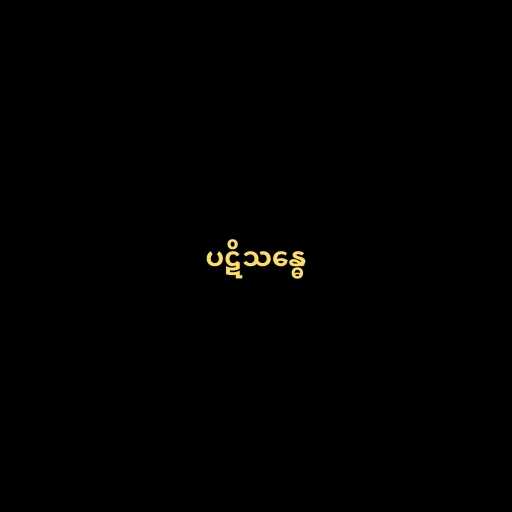
ပဋိသန္ဓေ